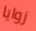
زوايا